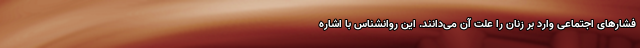
فشارهای اجتماعی وارد بر زنان را علت آن می‌دانند. این روانشناس با اشاره